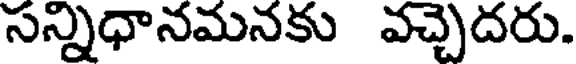
సన్నిధానమనకు వచ్చెదరు.